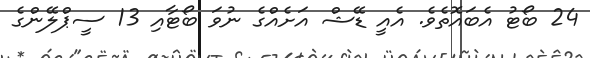
24 ބޯޓު އެބައޮތެވެ. އެއީ ޑޭޝް އަށެއްގެ ނުވަ ބޯޓާއި 13 ސީޕްލޭންގެ